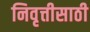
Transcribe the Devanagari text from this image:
निवृत्तीसाठी